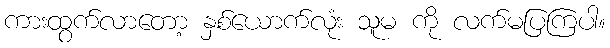
ကားထွက်လာတော့ နှစ်ယောက်လုံး သူမ ကို လက်မပြကြပါ။